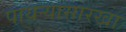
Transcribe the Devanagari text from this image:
पायऱ्यासारखा